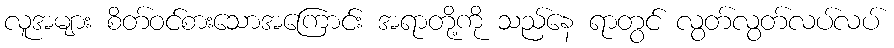
လူအများ စိတ်ဝင်စားသောအကြောင်း အရာတို့ကို သည်နေ ရာတွင် လွတ်လွတ်လပ်လပ်